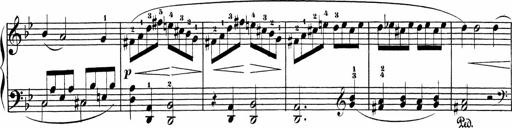
Title: Sonatinas
Composer: Andrew Violette